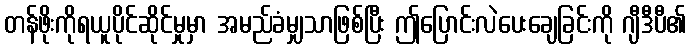
တန်ဖိုးကိုရယူပိုင်ဆိုင်မှုမှာ အမည်ခံမျှသာဖြစ်ပြီး ဤပြောင်းလဲပေးချေခြင်းကို ဂျီဒီပီ၏